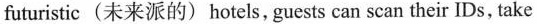
futuristic (未来派的) hotels,guests can scan their IDs, take